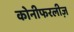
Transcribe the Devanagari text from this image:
कोनीफरलीज़